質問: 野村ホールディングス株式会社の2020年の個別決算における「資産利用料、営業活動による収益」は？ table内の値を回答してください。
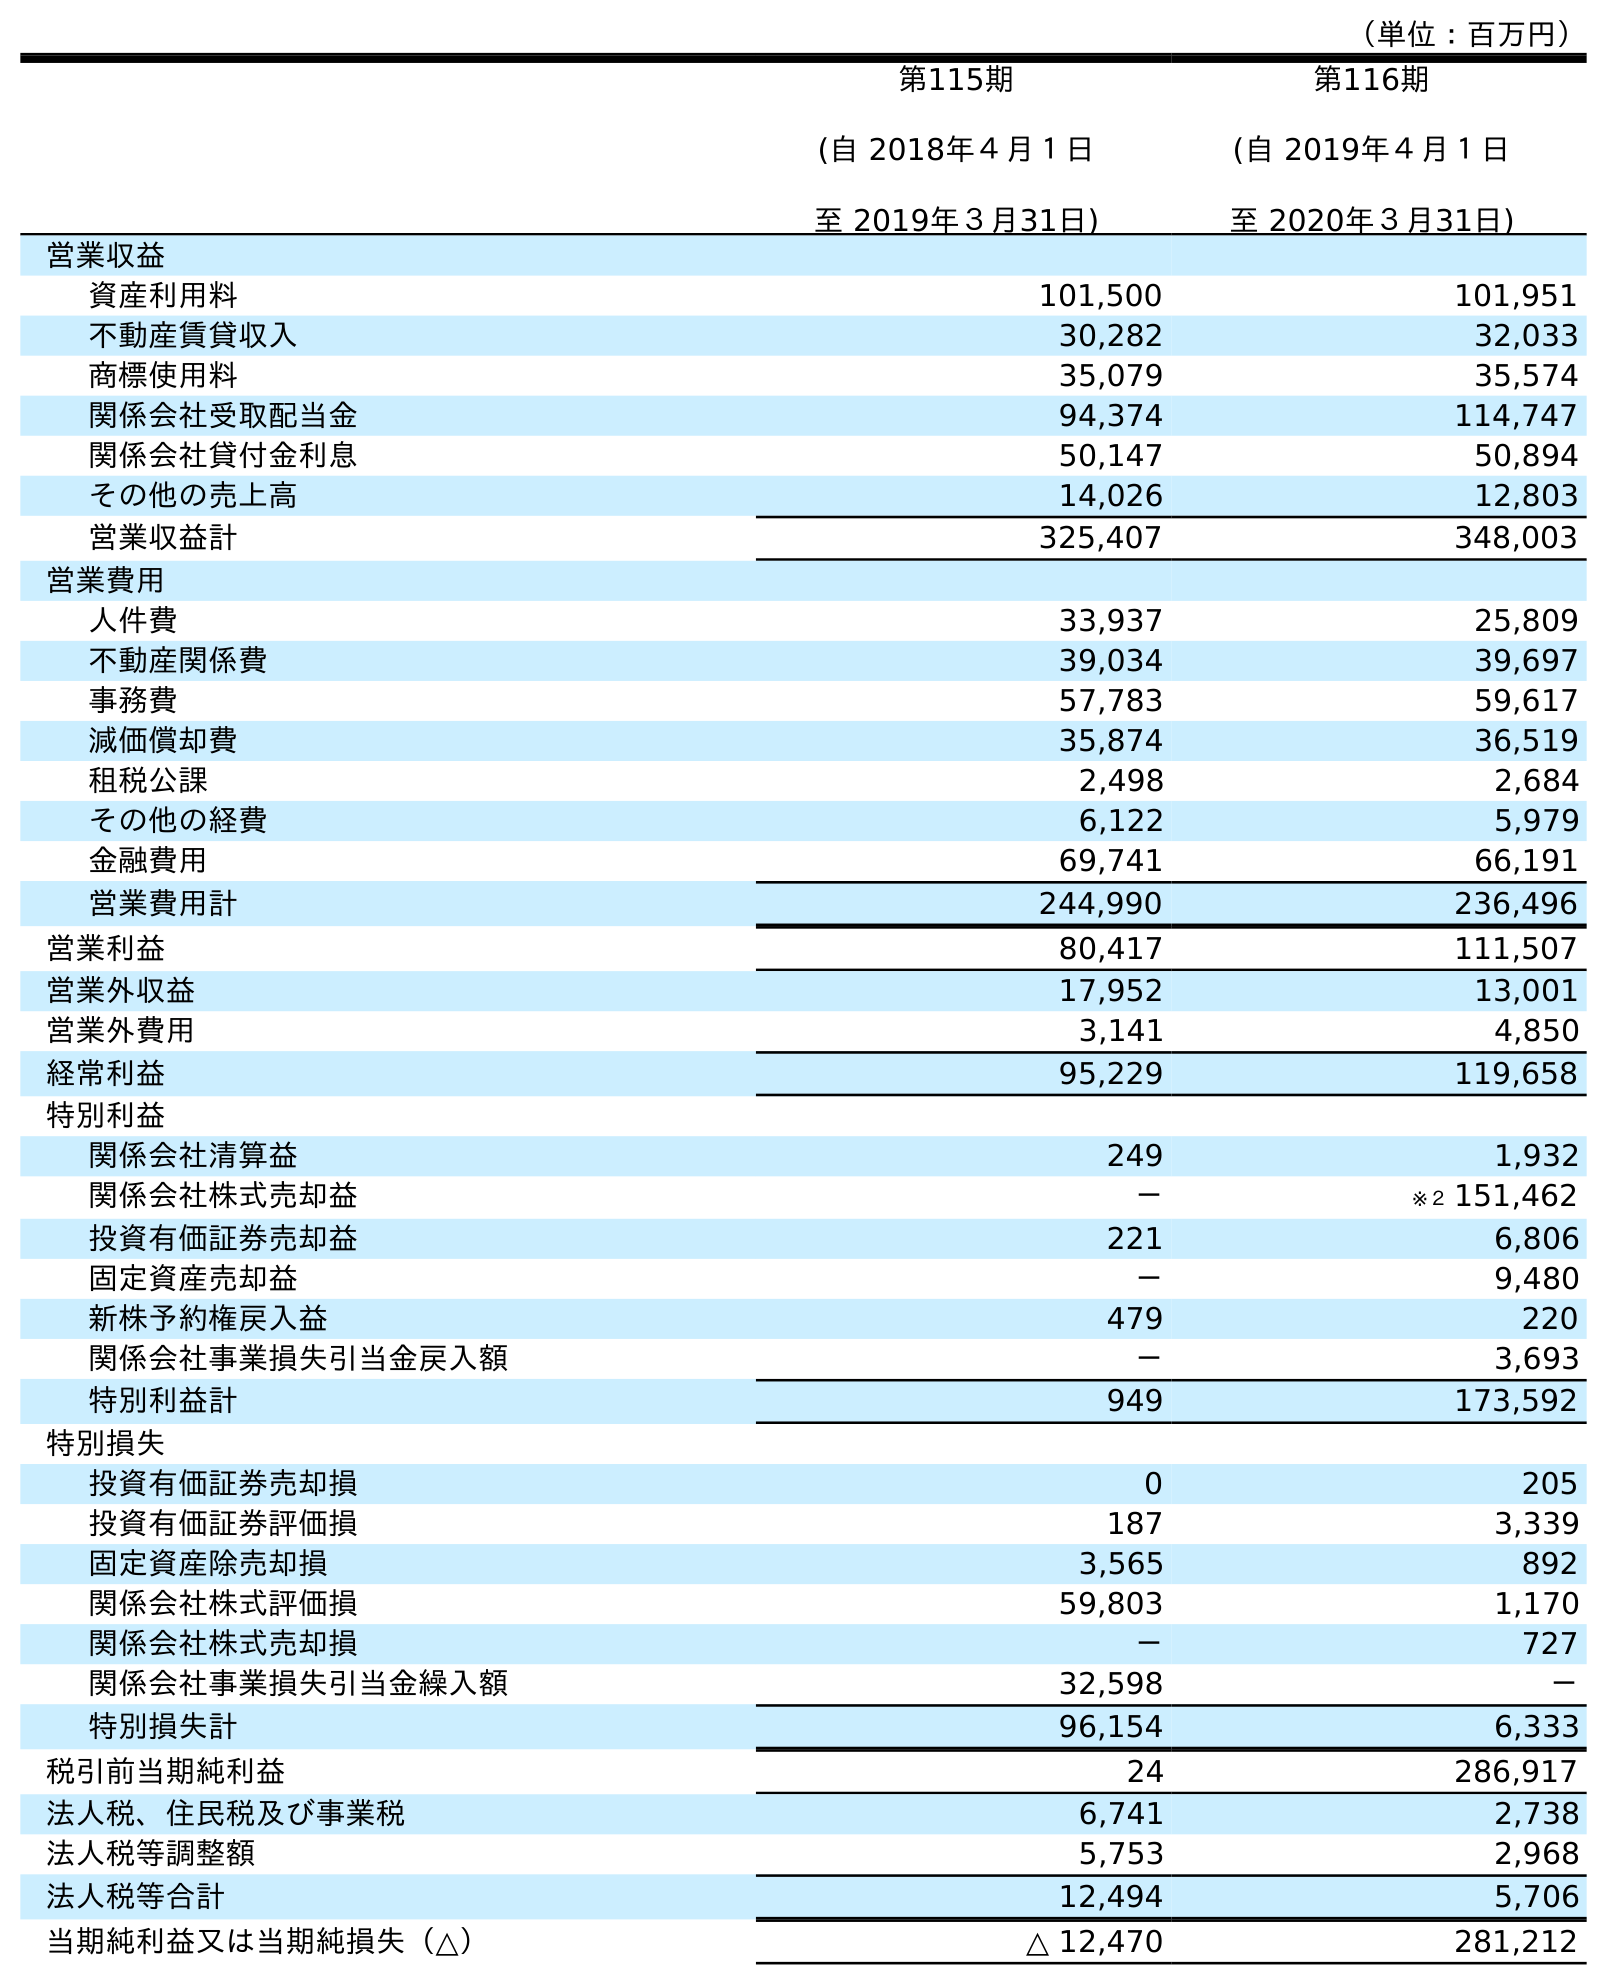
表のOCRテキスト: （単位：百万円） 第115期 (自 2018年４月１日 至 2019年３月31日) 第116期 (自 2019年４月１日 至 2020年３月31日) 営業収益 資産利用料 101,500 101,951 不動産賃貸収入 30,282 32,033 商標使用料 35,079 35,574 関係会社受取配当金 94,374 114,747 関係会社貸付金利息 50,147 50,894 その他の売上高 14,026 12,803 営業収益計 325,407 348,003 営業費用 人件費 33,937 25,809 不動産関係費 39,034 39,697 事務費 57,783 59,617 減価償却費 35,874 36,519 租税公課 2,498 2,684 その他の経費 6,122 5,979 金融費用 69,741 66,191 営業費用計 244,990 236,496 営業利益 80,417 111,507 営業外収益 17,952 13,001 営業外費用 3,141 4,850 経常利益 95,229 119,658 特別利益 関係会社清算益 249 1,932 関係会社株式売却益 － ※２ 151,462 投資有価証券売却益 221 6,806 固定資産売却益 － 9,480 新株予約権戻入益 479 220 関係会社事業損失引当金戻入額 － 3,693 特別利益計 949 173,592 特別損失 投資有価証券売却損 0 205 投資有価証券評価損 187 3,339 固定資産除売却損 3,565 892 関係会社株式評価損 59,803 1,170 関係会社株式売却損 － 727 関係会社事業損失引当金繰入額 32,598 － 特別損失計 96,154 6,333 税引前当期純利益 24 286,917 法人税、住民税及び事業税 6,741 2,738 法人税等調整額 5,753 2,968 法人税等合計 12,494 5,706 当期純利益又は当期純損失（△） △ 12,470 281,212
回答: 101,951